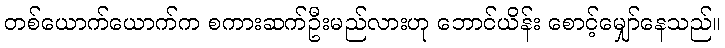
တစ်ယောက်ယောက်က စကားဆက်ဦးမည်လားဟု ဘောင်ယိန်း စောင့်မျှော်နေသည်။